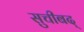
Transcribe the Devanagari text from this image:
सुचीबद्